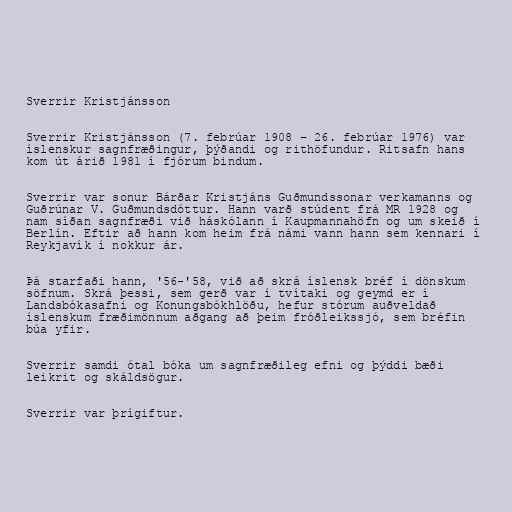
Sverrir Kristjánsson

Sverrir Kristjánsson (7. febrúar 1908 – 26. febrúar 1976) var
íslenskur sagnfræðingur, þýðandi og rithöfundur. Ritsafn hans
kom út árið 1981 í fjórum bindum.

Sverrir var sonur Bárðar Kristjáns Guðmundssonar verkamanns og
Guðrúnar V. Guðmundsdóttur. Hann varð stúdent frá MR 1928 og
nam síðan sagnfræði við háskólann í Kaupmannahöfn og um skeið í
Berlín. Eftir að hann kom heim frá námi vann hann sem kennari í
Reykjavík í nokkur ár.

Þá starfaði hann, '56-'58, við að skrá íslensk bréf í dönskum
söfnum. Skrá þessi, sem gerð var í tvítaki og geymd er í
Landsbókasafni og Konungsbókhlöðu, hefur stórum auðveldað
íslenskum fræðimönnum aðgang að þeim fróðleikssjó, sem bréfin
búa yfir.

Sverrir samdi ótal bóka um sagnfræðileg efni og þýddi bæði
leikrit og skáldsögur.

Sverrir var þrígiftur.